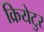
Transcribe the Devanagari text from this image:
क्रियेटुर